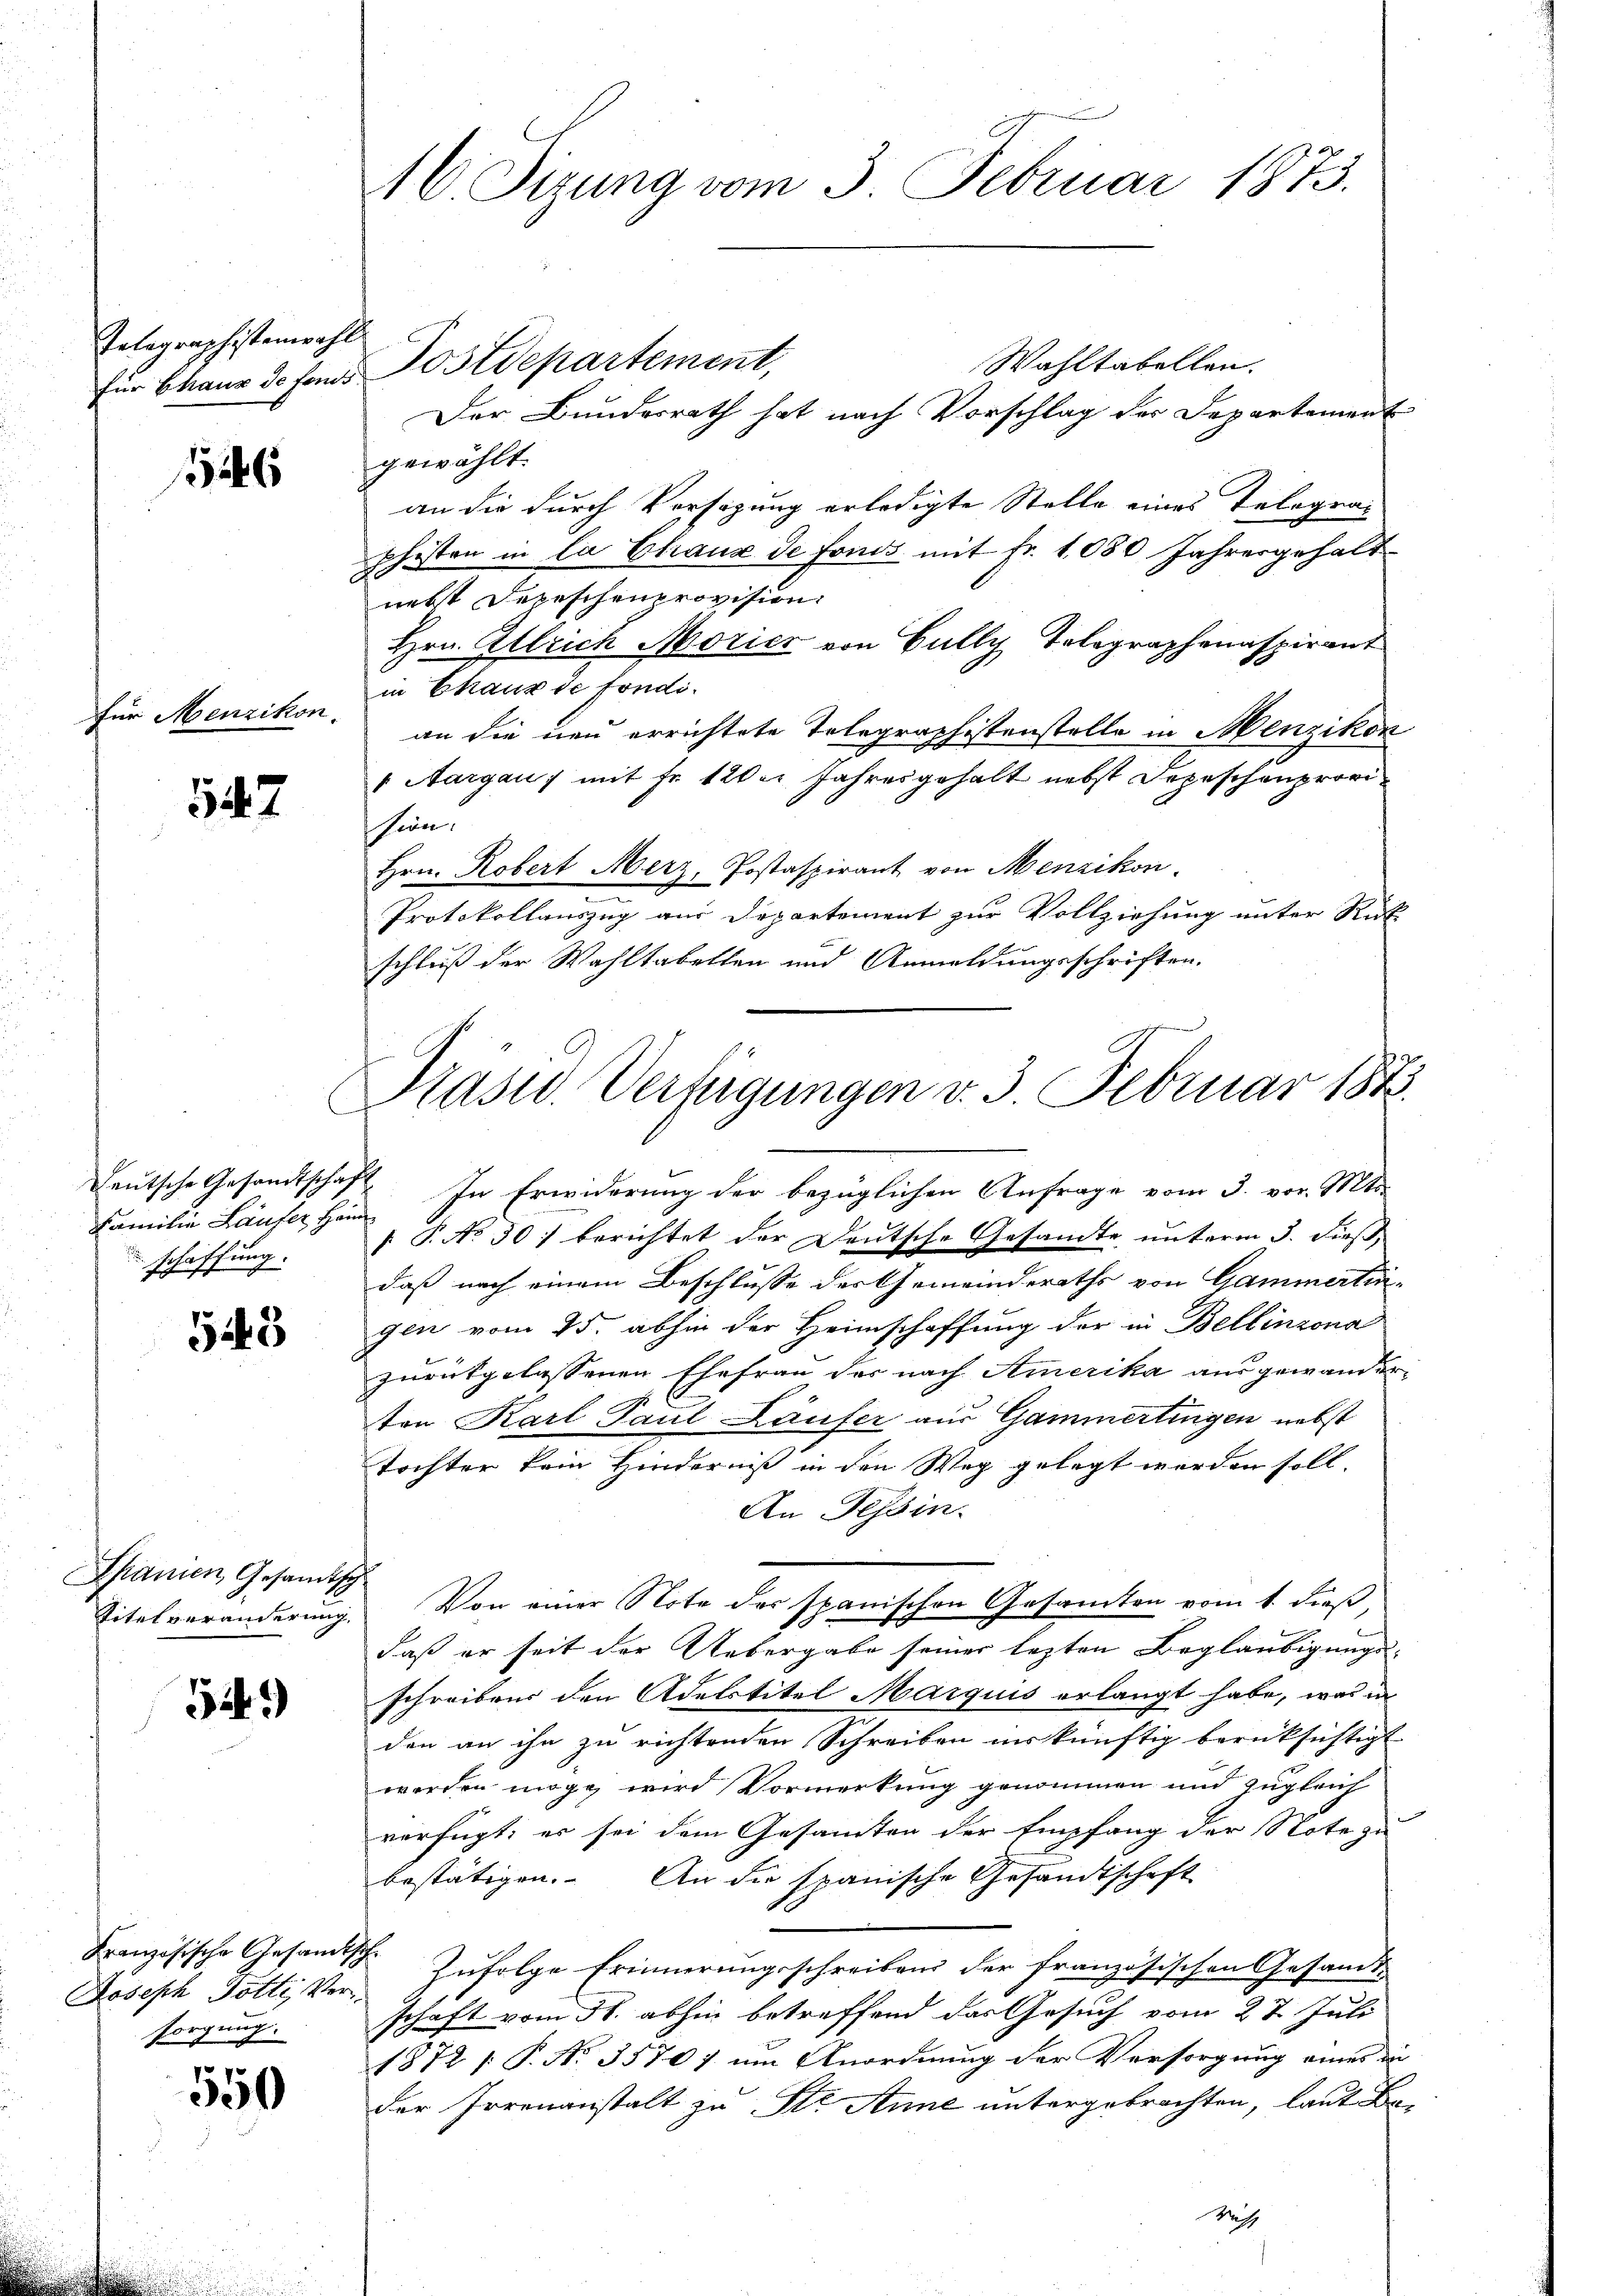
Telegraphistenwahl
für Chaux de fonds

126

für Menzikon.

547

Teutsche Gesandtschaft
Familie Läufer Hand
schaffung.

543

Spanien, Gesandtsch
Titelveränderung,

54.)

Französische Gesandtsch
Joseph Gotte, Versorgung.

550

16 Sizung vom 3. Februar 1873.

Wahltabellen.
Der Bundesrath hat nach Vorschlag der Departement
gewählt.
an die durch Versagung erledigte Stelle eines Telegraphisten in la Chaux de fonds mit Fr. 1080 Jahresgehalt
nebst Depeschenprovision
Hrn. Alleich Morier von Gully, Tolographenaspirant
in Chaux de fondian die neu errichtete Telegraphistenstelle in Menzikon
 Aargau) mit Fr. 120er Jahresgehalt nebst Depeschenprovischien.
Hrn. Robert Merz, Postaspirant von Menzikon,
Protokollauszug aus Departement zur Vollziehung unter Rück
schluß der Wahltabellen und Anmeldungsschriften.

Postdepartement,

Präsid. Verfügungen v. 3. Februar 1873.

In Erwiderung der bezüglichen Anfrage vom 3. vor. Mts.
 P. No 301 berichtet der Deutsche Gesandte unterm 3. Fees,
daß nach einem Beschlusse der Gemeinderaths von Cammertigen vom 15. abhin der Heimschaffung der in Bellinzona
zurükgelassenen Ehefrau der nach Amerika ausgewander-
ten Karl Paul Läufer aus Gammertingen nebst
Tochter kein Hinderniß in den Weg gelegt werden soll.
An Tessin.
Von einer Note der spanischen Gesamten vom 1. dieß
daß er seit der Uebergabe seiner lezten Beglaubigungs-
schreiben den Adelstitel Margius erlangt habe, was in
den an ihn zu richtenden Schreiben ins künftig berücksichtigt
werden möge, wird Vormerkung genommen und zugleich
verfügt: es sei dem Gesamten der Empfang der Note zu
bestätigen. An die spanische Gesandtschaft
Zufolge Erinnerungsschreibens der französischen Gesamt-
schaft vom 5. abhin betreffend das Gesuch vom 27. Juli
1872 /: P. Nr. 3570 um Anordnung der Versorgung eines die
der Irrenanstalt zu St. Anne untergebrachten, laut Be¬
Wich